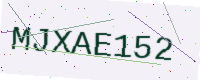
Text: MJXAE152